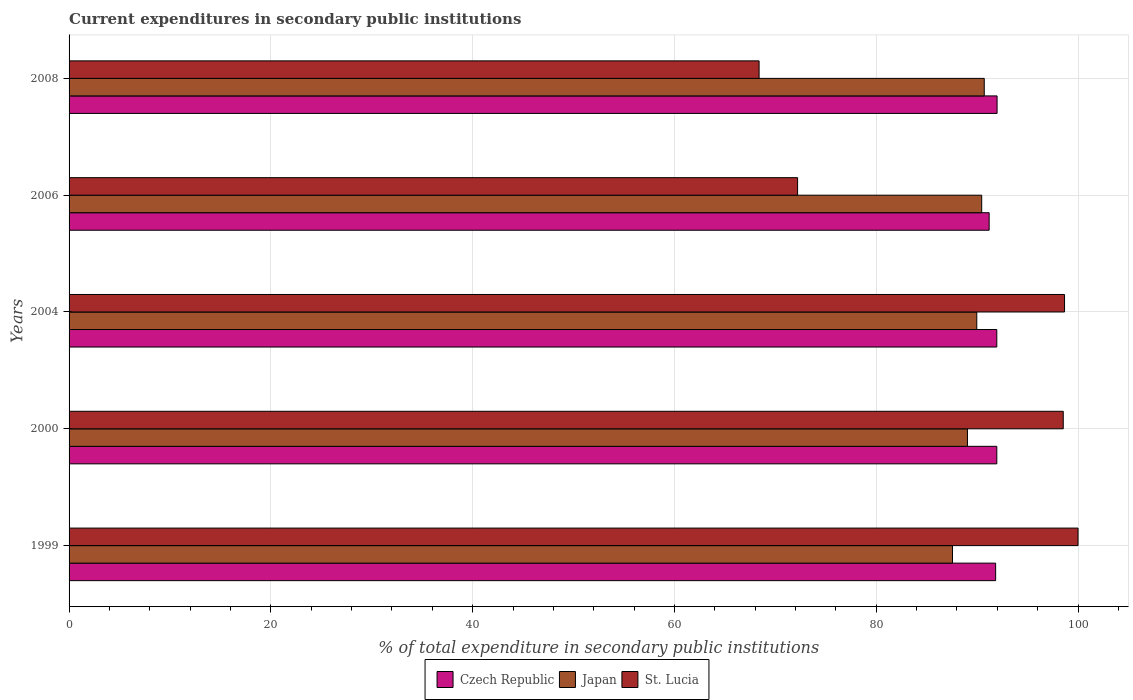
| Years | Czech Republic | Japan | St. Lucia |
 | --- | --- | --- | --- |
 | 1999 | 91.8 | 87.6 | 100 |
 | 2000 | 91.9 | 89 | 98.5 |
 | 2004 | 91.9 | 90 | 98.7 |
 | 2006 | 91.2 | 90.5 | 72.2 |
 | 2008 | 92 | 90.7 | 68.4 |